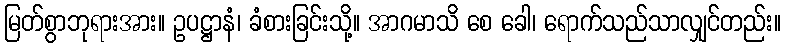
မြတ်စွာဘုရားအား။ ဥပဋ္ဌာနံ၊ ခံစားခြင်းသို့။ အာဂမာသိ စေ ခေါ၊ ရောက်သည်သာလျှင်တည်း။